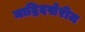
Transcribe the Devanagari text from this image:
माद्रिदखेरीज